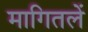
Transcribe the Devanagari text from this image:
मागितलें